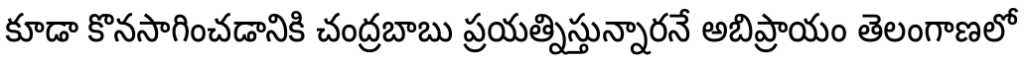
కూడా కొనసాగించడానికి చంద్రబాబు ప్రయత్నిస్తున్నారనే అబిప్రాయం తెలంగాణలో